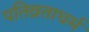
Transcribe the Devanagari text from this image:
पतिव्रताधर्म